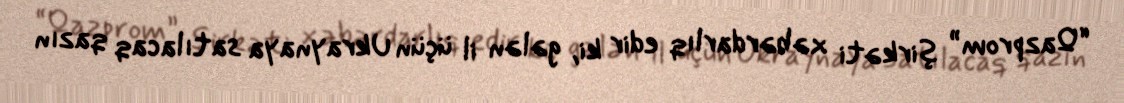
“Qazprom” şirkəti xəbərdarlıq edir ki, gələn il üçün Ukraynaya satılacaq qazın